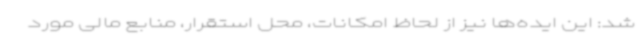
شد: این ایده‌ها نیز از لحاظ امکانات، محل استقرار، منابع مالی مورد